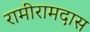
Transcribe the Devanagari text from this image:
रामीरामदास